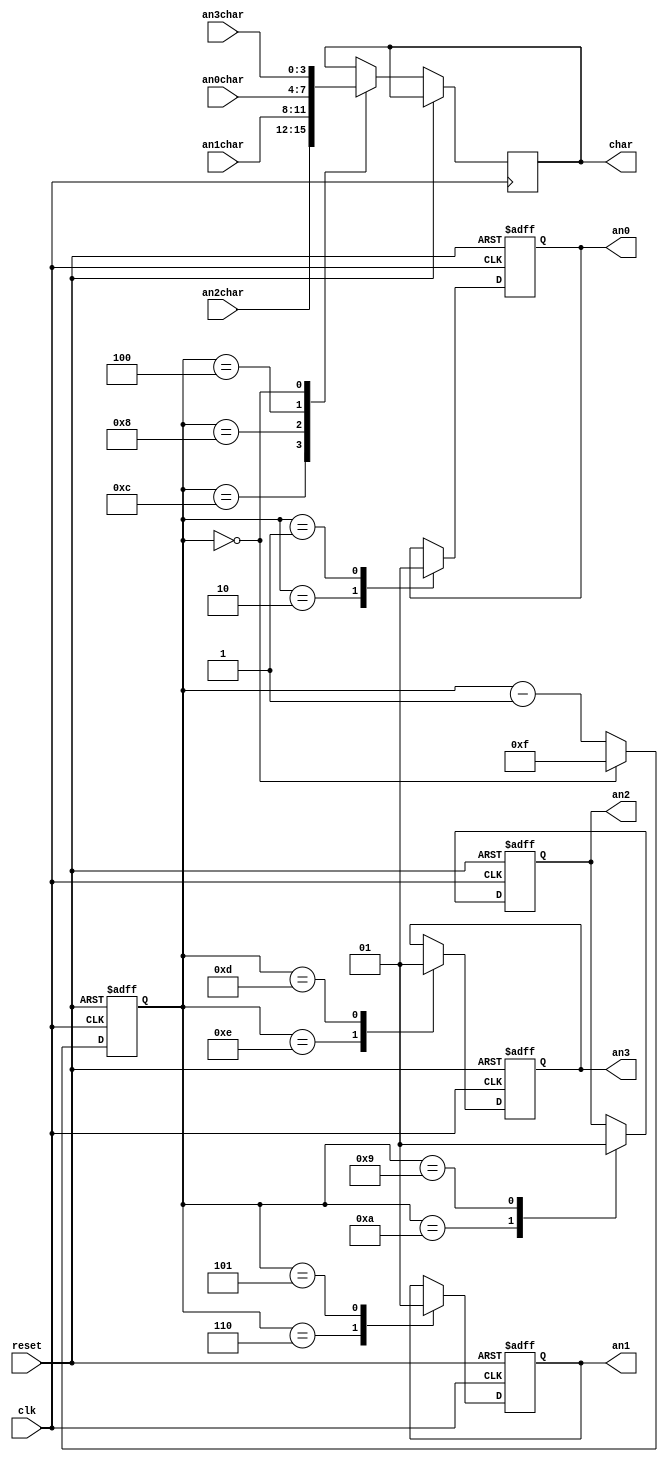
module desplaySelector (clk,reset,an3char,an2char,an1char,an0char,
				char,an3,an2,an1,an0);
	input clk,reset;
	input[3:0] an3char,an2char,an1char,an0char;

	output[3:0] char;
	output an3,an2,an1,an0;
	
	reg[3:0] char, ancounter;
	reg an3,an2,an1,an0;

	always@(posedge clk or posedge reset) begin
		//here we are reseting our system
		if(reset) begin
			an3 = 1;
			an2 = 1;
			an1 = 1;
			an0 = 1;
		//we reset the 4bit-counter to 0000 so when our system starts working
//it will begin with loading the an3char which are the data we need to print on
//our first screen, the an3 screeen
			ancounter = 4'b0000;
		end
		else begin
/*the way this case works is like that:
		we keep the displays only 1 cycle open and we chose:
			an3 opens when the counter is 1110
			an2 opens when the counter is 1010
			an1 opens when the counter is 0110
			an0 opens when the counter is 0010

		on the next cycle we close the display
			an3 closes when the counter is 1101
			an2 closes when the counter is 1001
			an1 closes when the counter is 0101
			an0 closes when the counter is 0001

		then we keep all displays closed for 2 more cycles (3 in total)
		and then we open the next one

		in the meantime we should preload the data we want to print on the next
		display. this ha to be done 2 cycles before the display opens. this means that
			we preload an3char to char when the counter is 0000
			we preload an2char to char when the counter is 1010
			we preload an1char to char when the counter is 1000
			we preload an0char to char when the counter is 0100

		on the other possible values of the ancounter we dont want to do anything

		in the end we ancounter-- and if the counter has reached the value 4'b0000
		we just reset it on the value 4'b1111
*/
			case(ancounter)
				4'b1110 : an3 = 0;
				4'b1101 : an3 = 1;
				4'b1100 : char = an2char;
				4'b1010 : an2 = 0;
				4'b1001 : an2 = 1;
				4'b1000 : char = an1char;
				4'b0110 : an1 = 0;
				4'b0101 : an1 = 1;
				4'b0100 : char = an0char;
				4'b0010 : an0 = 0;
				4'b0001 : an0 = 1;
				4'b0000 : char = an3char;
				default: ;
			endcase
			if(ancounter == 4'b0000)
				ancounter = 4'b1111;
			else
				ancounter = ancounter - 1;
		end
	end
endmodule